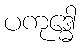
ပကုဒ္ဓေါ